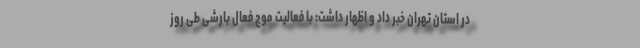
در استان تهران خبر داد و اظهار داشت: با فعالیت موج فعال بارشی طی روز